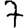
Digit: 7